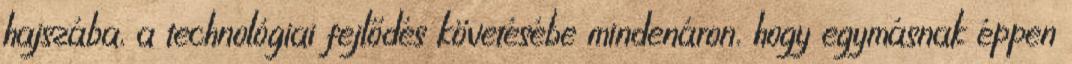
hajszába, a technológiai fejlődés követésébe mindenáron, hogy egymásnak éppen